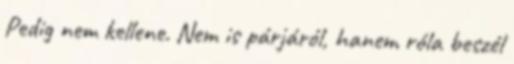
Pedig nem kellene. Nem is párjáról, hanem róla beszél